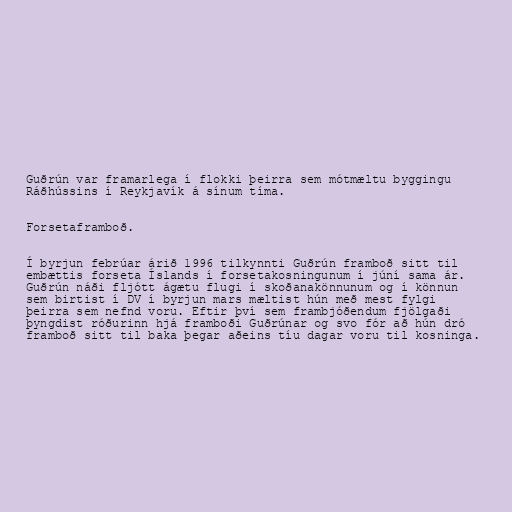
Guðrún var framarlega í flokki þeirra sem mótmæltu byggingu
Ráðhússins í Reykjavík á sínum tíma.

Forsetaframboð.

Í byrjun febrúar árið 1996 tilkynnti Guðrún framboð sitt til
embættis forseta Íslands í forsetakosningunum í júní sama ár.
Guðrún náði fljótt ágætu flugi í skoðanakönnunum og í könnun
sem birtist í DV í byrjun mars mæltist hún með mest fylgi
þeirra sem nefnd voru. Eftir því sem frambjóðendum fjölgaði
þyngdist róðurinn hjá framboði Guðrúnar og svo fór að hún dró
framboð sitt til baka þegar aðeins tíu dagar voru til kosninga.